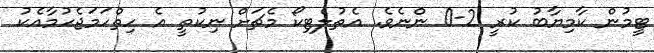
ޓީމުން ކާމިޔާބު ކުރީ 2-0 ންނެވެ. އެތުލެޓިކޯ މެޗަށް ނިކުތީ އެ ހިތްހަމަޖެހުމާއެކު